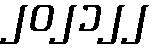
၂၀၂၁၂၂